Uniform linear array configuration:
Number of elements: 12
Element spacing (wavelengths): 0.5
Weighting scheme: exponential
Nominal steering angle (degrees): -30
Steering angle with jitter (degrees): -31.638
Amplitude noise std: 0.05
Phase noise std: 0.05

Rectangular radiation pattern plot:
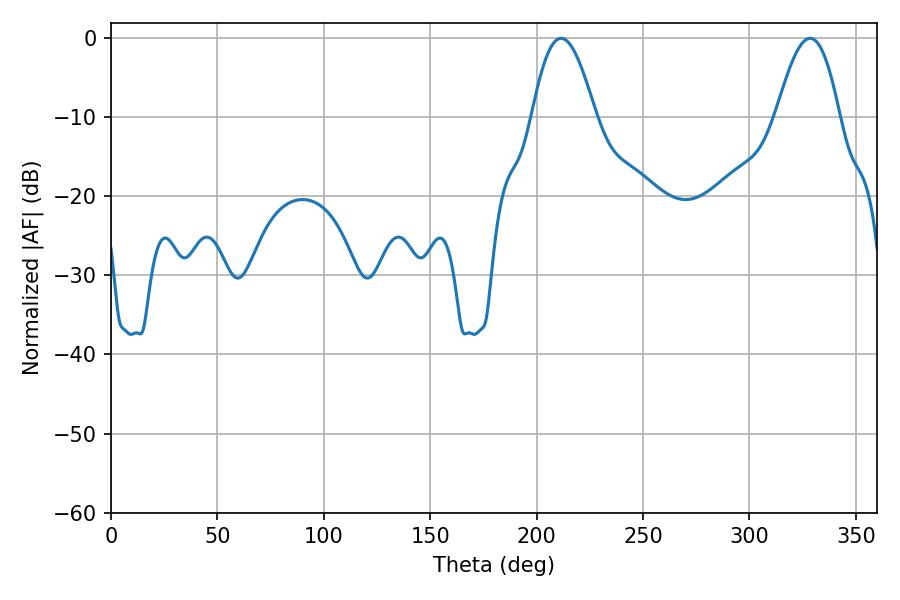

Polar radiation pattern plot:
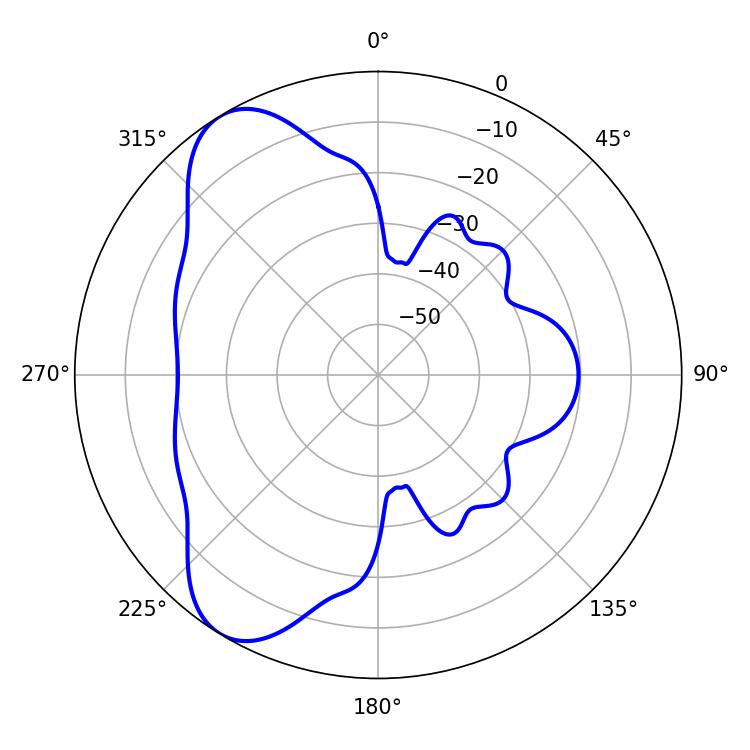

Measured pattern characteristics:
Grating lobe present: FALSE
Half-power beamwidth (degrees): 16.2
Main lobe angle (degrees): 211.5